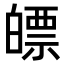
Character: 𤾛